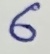
Text: 6